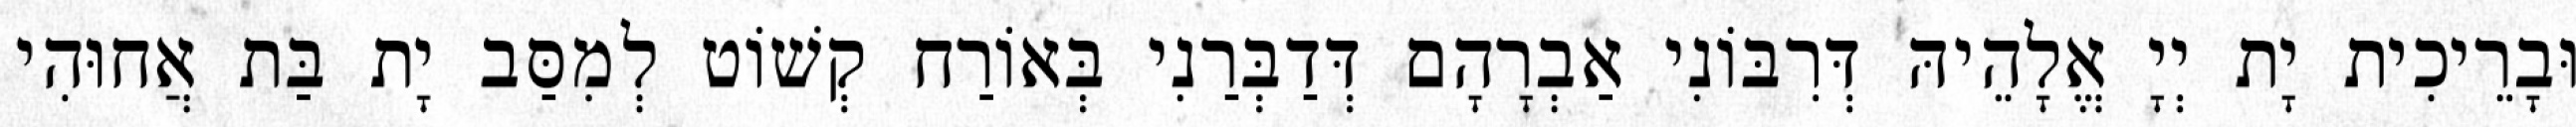
וּבָרֵיכִית יָת יְיָ אֱלָהֵיהּ דְּרִבּוֹנִי אַבְרָהָם דְּדַבְּרַנִי בְּאוֹרַח קְשׁוֹט לְמִסַּב יָת בַּת אֲחוּהִי